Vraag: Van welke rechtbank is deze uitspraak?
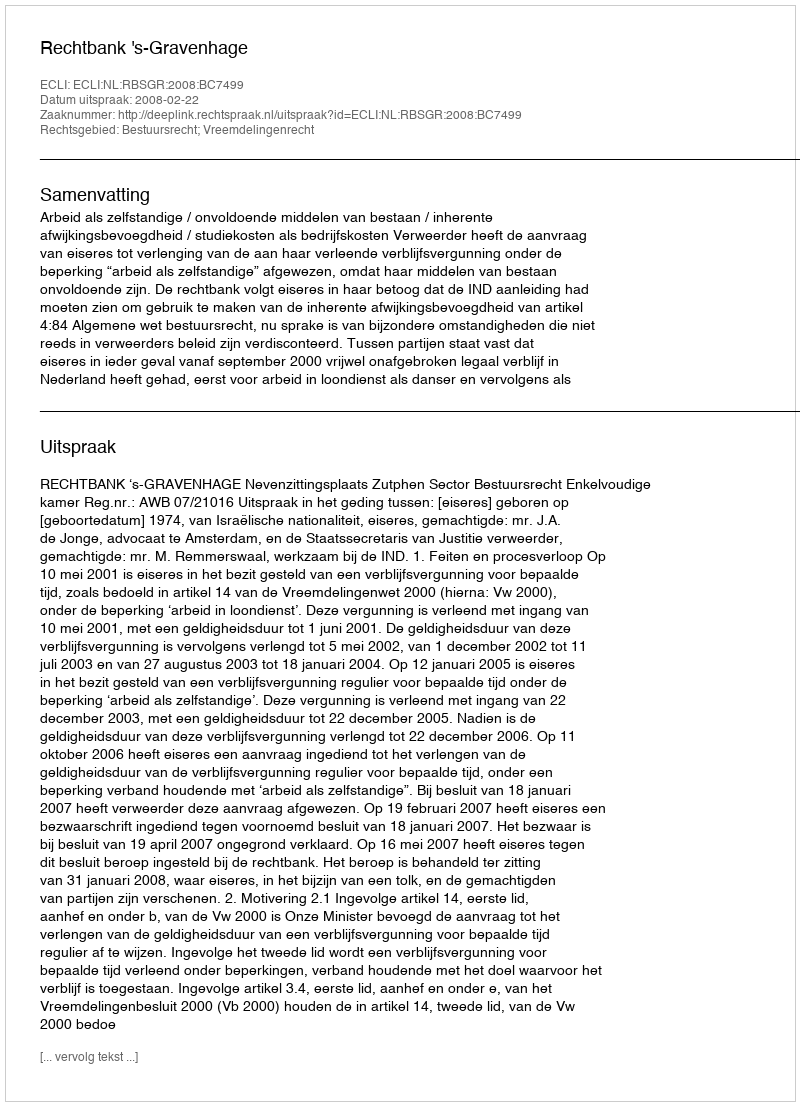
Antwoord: Rechtbank 's-Gravenhage